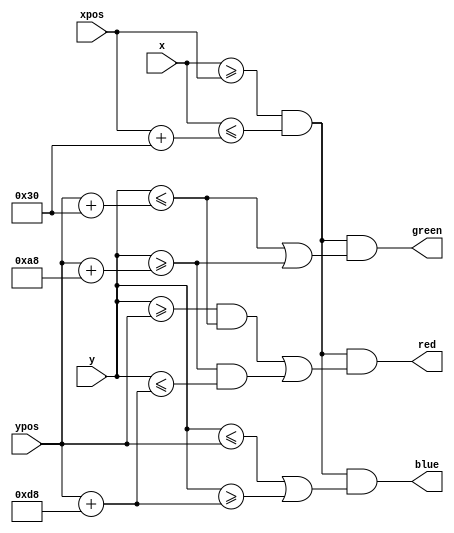
`timescale 1ns / 1ps
//////////////////////////////////////////////////////////////////////////////////
// Company: 
// Engineer: 
// 
// Design Name: 
// Module Name: Wall
// Project Name: 
// Target Devices: 
// Tool Versions: 
// Description: 
// 
// Dependencies: 
// 
// Revision:
// Revision 0.01 - File Created
// Additional Comments:
// 
//////////////////////////////////////////////////////////////////////////////////


module Wall(
    input [15:0] xpos,
    input [15:0] ypos,
    input [15:0] x,
    input [15:0] y,
    output red,
    output green,
    output blue
    );
    
    
    wire [15:0]w, h1, h2, h3;
    
    assign w = xpos + 16'd48;
    assign h1 = ypos +16'd48;
    assign h2 = ypos +16'd168;
    assign h3 = ypos +16'd216;
    
    
    
    
    assign red = ((x >= xpos) & (x <= w)) & (((y >= ypos) & (y <= h1)) | ((y >= h2) & (y<= h3)));
    
    assign green = ((x >= xpos) & (x <= w)) & ((y <= h1) | (y >= h2));
    
    assign blue = ((x >= xpos) & (x <= w)) & ((y <= ypos) | (y >= h3));
endmodule